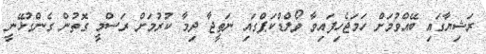
ރަޝިޔާގައި ބޭއްވުމަށް ހަމަޖެހިފައިވާ ވޯލްޑްކަޕްގައި ނަތީޖާ ދިމާ ކުރުމަށް ރަސްމީ ގޮތުން ގެންގުޅޭނީ